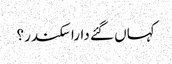
کہاں گئے دارا سکندر؟